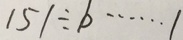
1 5 1 \div b \cdots 1